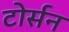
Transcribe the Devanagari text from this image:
टोर्सन